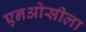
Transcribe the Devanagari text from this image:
एनओसीला